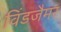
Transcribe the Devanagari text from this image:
विंडजैमर